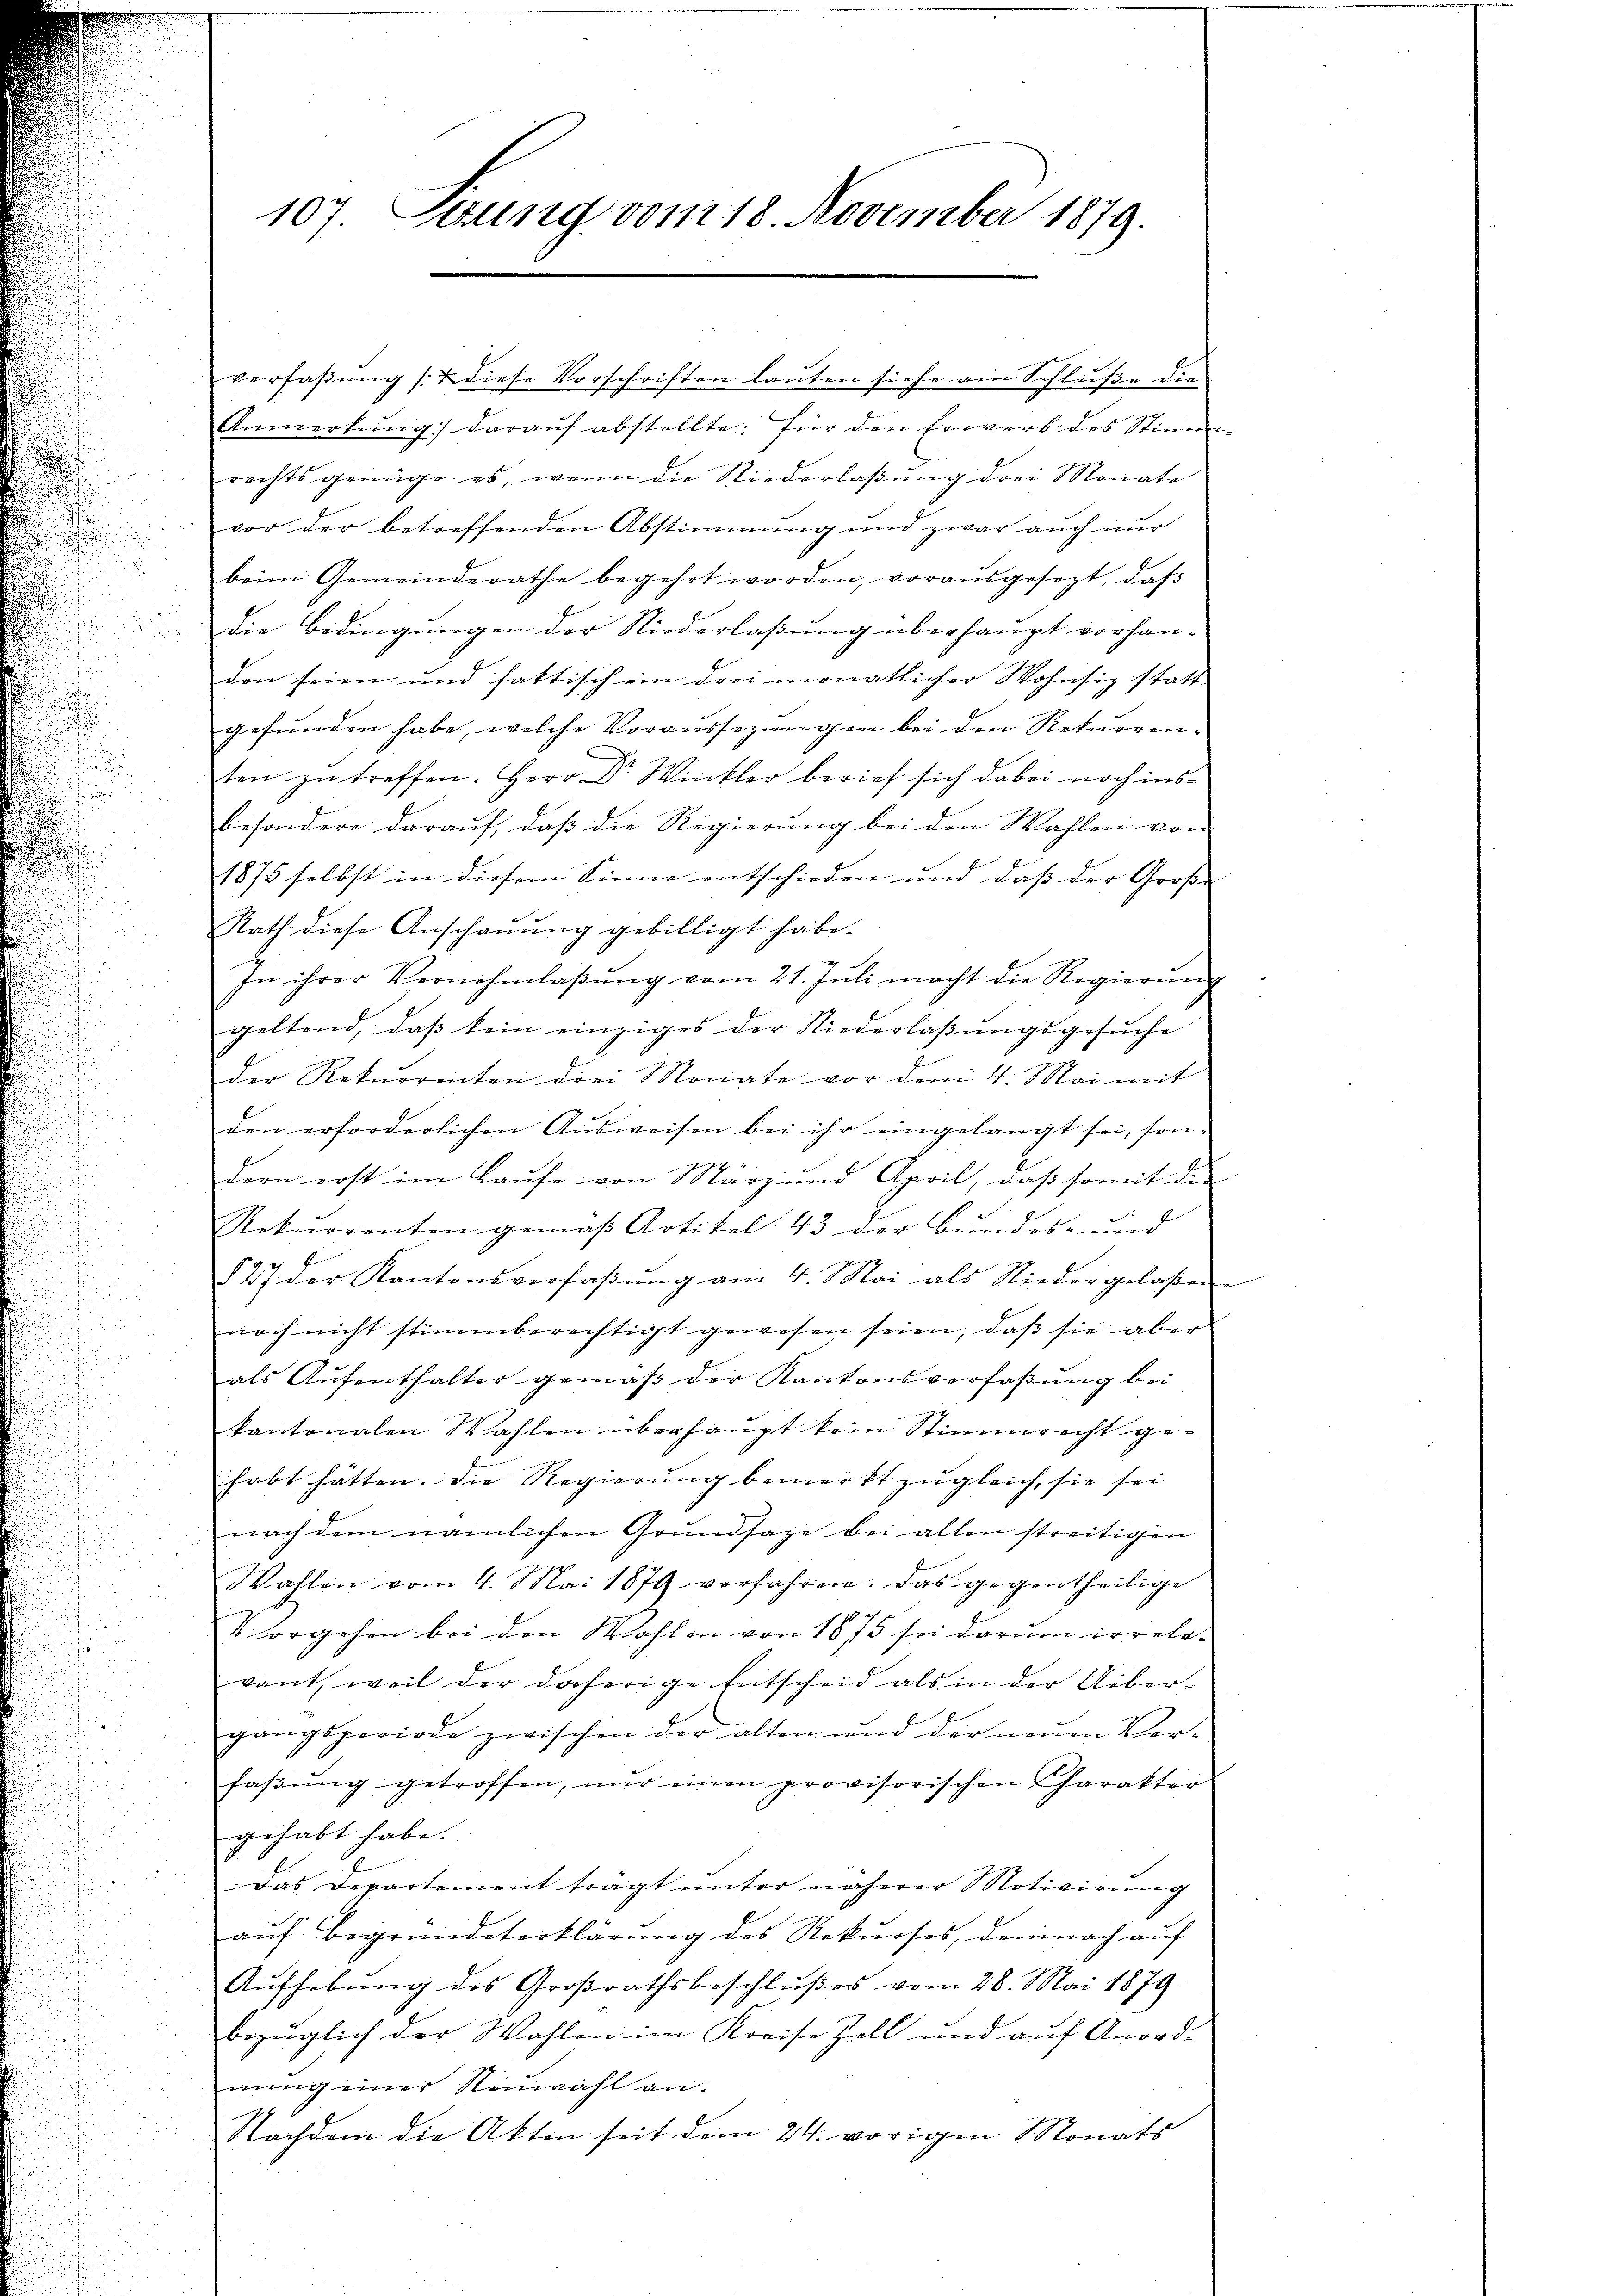
107. Deung vom 18. November 1879.

verfaßung & diese Vorschriften lauten siehe am Schluße die
Anmerkŭng daraŭf abstellte für den Erwerb des Stimm-
rechts genüge es, wenn die Niederlaßung drei Monate
vor der betreffenden Abstimmung und zwar auch nur
beim Gemeinderathe begehrt worden, vorausgesezt, daβ
die Bedingungen der Niederlaßung überhaupt vorhan-
den seien und fattisch ein drei monatlicher Wohnsiz statt
gefunden habe, welche Voraussezungen bei den Rekurrenten zu treffen. Herr Dr. Winkler berief sich dabei noch insbesondere darauf, daß die Regierung bei den Wahlen von
1875 selbst in diesem Sinne entschieden und daß der Große
Rath diese Anschauung gebilligt habe.
e
In ihrer Vernehmlaβŭng vom 21. Juli macht die Regierŭng
geltend, dass kein einziges der Niederlassungsgesuche
der Rekurrenten drei Monate vor dem 4. Mai mit
den erforderlichen Ausweisen bei ihr eingelangt sei, son-
dern erst im Laufe von März und April, daß somit die
Rekurrenten gemäβ Artikel 43 der Bundes- und
127 der Kantonsverfaβŭng am 4. Mai als Niedergelassen
noch nicht stimmberechtigt gewesen seien, daß sie aber
als Aŭfenthalter gemäβ der Kantonsverfaßung bei
kantonalen Wahlen überhaupt kein Stimmrecht gehabt hätten. Die Regierung bemerkt zugleich, sie sei
nach dem nämlichen Grundsaze bei allen streitigen
Wahlen vom 4. Mai 1879 verfahren. Das gegentheilige
Vorgehen bei den Wahlen von 1875 sei darum irrela-
vant, weil der daherige Entscheid als in der Uiber-
gangsperiode zwischen der alten und der neuen Ver-
faβŭng getroffen, nŭr einen provisorischen Charakter
gehabt habe.
Das Departement trägt unter näherer Motivirung
aŭf Begründeterklärŭng des Rekŭrses, demnach aŭf
Aŭfhebŭng des Groβrathsbeschlŭβes vom 28. Mai 1879
bezüglich der Wahlen im Kreise Zoll und auf Anord-
nung einer Neuwahl an.
Nachdem die Akten seit dem 24. vorigen Monats